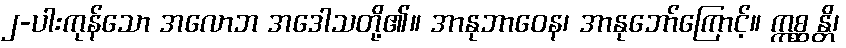
၂-ပါးကုန်သော အလောဘ အဒေါသတို့၏။ အာနုဘာဝေန၊ အာနုဘော်ကြောင့်။ ဣစ္ဆန္တိ၊